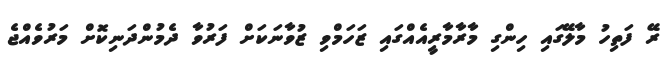
ރޭ ފަތިހު މާލޭގައި ހިންގި މާރާމާރީއެއްގައި ޒަހަމްވި ޒުވާނަކަށް ފަރުވާ ދެމުންދަނިކޮށް މަރުވެއްޖެ